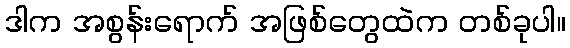
ဒါက အစွန်းရောက် အဖြစ်တွေထဲက တစ်ခုပါ။